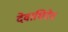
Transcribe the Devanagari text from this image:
देवाधिदेव